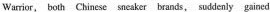
Warrior, both Chinese sneaker brands, suddenly gained